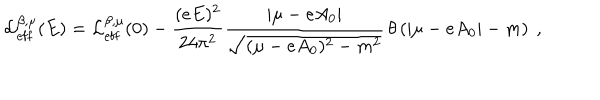
LaTeX: { \cal L } _ { \mathrm { e f f } } ^ { \beta , \mu } ( E ) = { \cal L } _ { \mathrm { e f f } } ^ { \beta , \mu } ( 0 ) - \frac { ( e E ) ^ { 2 } } { 2 4 \pi ^ { 2 } } \frac { | \mu - e A _ { 0 } | } { \sqrt { ( \mu - e A _ { 0 } ) ^ { 2 } - m ^ { 2 } } } \, \theta \left( | \mu - e A _ { 0 } | - m \right) \ ,